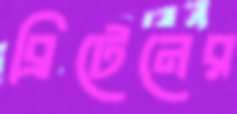
ব্রিটেনের